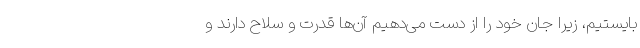
بایستیم، زیرا جان خود را از دست می‌دهیم آن‌ها قدرت و سلاح دارند و